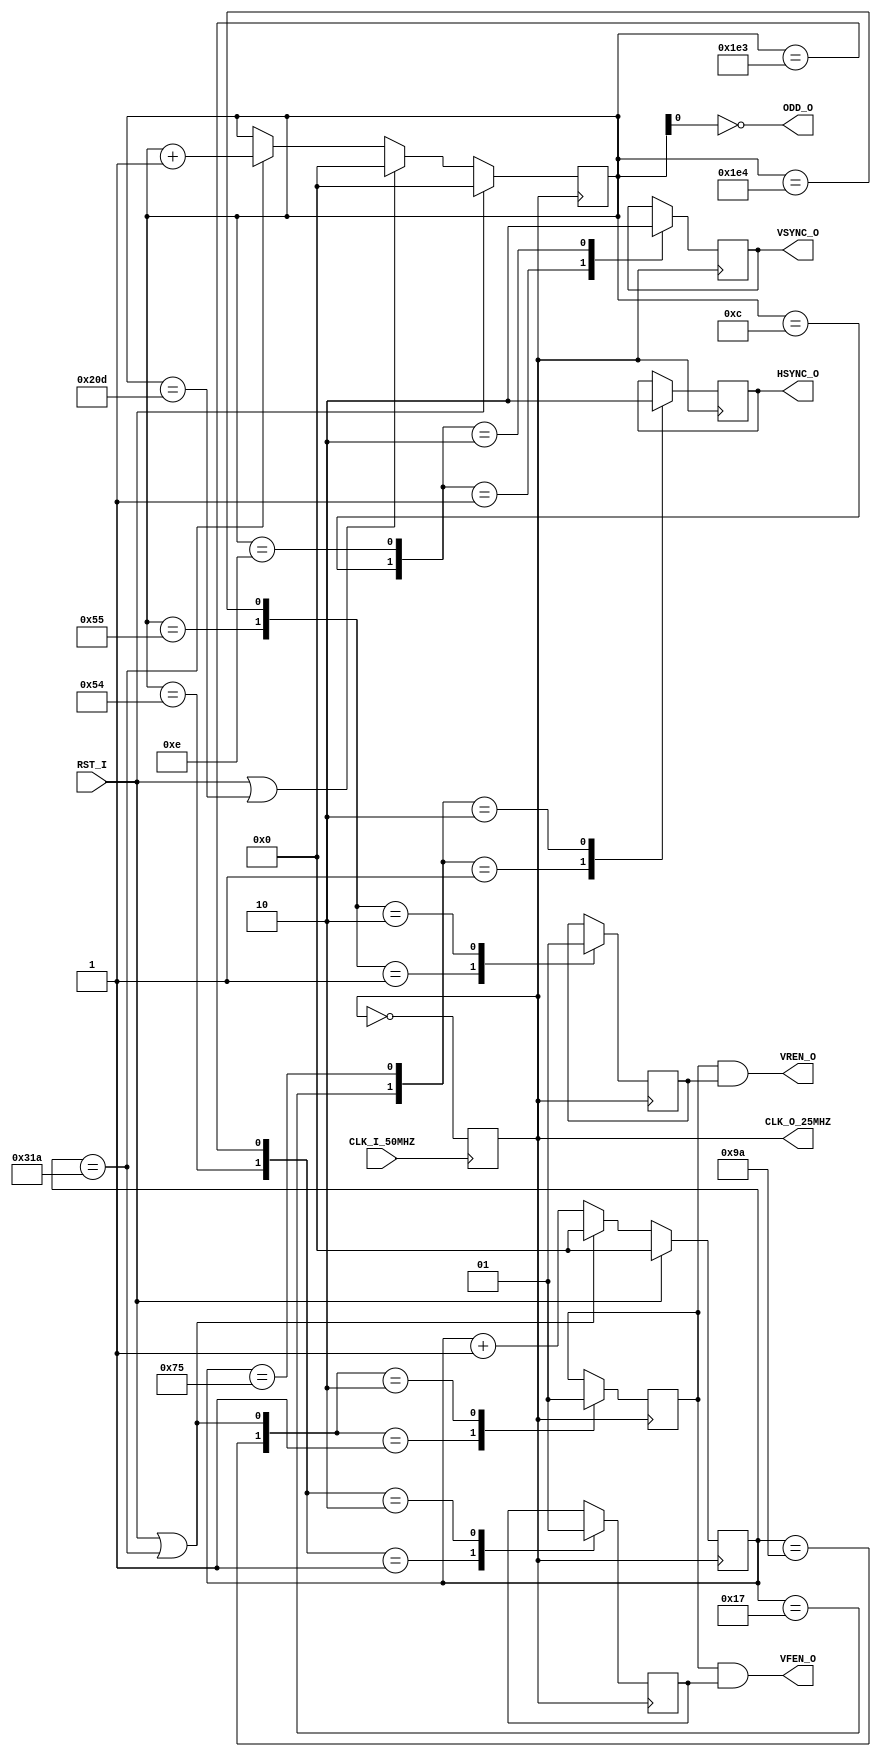
module TIMEBASE(
	input		RST_I,
	input		CLK_I_50MHZ,
	output	CLK_O_25MHZ,
	output	HSYNC_O,
	output	VSYNC_O,
	output	VREN_O,
	output	VFEN_O,
	output	ODD_O
);

	reg				clk25mhz;
	reg				hsync;
	reg				vsync;
	reg				h_refresh_enable;
	reg				v_refresh_enable;
	reg				v_fetch_enable;

	reg	[9:0]		dotctr;
	reg	[9:0]		dotctr_n;
	reg	[9:0]		linectr;
	reg	[9:0]		linectr_n;

	wire				line_wrap		= dotctr == 794;
	wire 				line_done		= RST_I | line_wrap;
	wire				hsync_assert	= dotctr == 23;
	wire 				hsync_negate	= dotctr == 117;
	wire				frame_done		= RST_I | (linectr == 525);
	wire				vsync_assert	= linectr == 12;
	wire				vsync_negate	= linectr == 14;
	wire				h_refresh_on	= dotctr == 154;
	wire				v_refresh_on	= linectr == 85; // 45 for 480V
	wire				v_refresh_off  = linectr == 484; // 525 for 480V
	wire				v_fetch_on		= linectr == 84; // 44 for 480V
	wire				v_fetch_off		= linectr == 483; // 524 for 480V

	assign HSYNC_O 		= hsync;
	assign VSYNC_O 		= vsync;
	assign VFEN_O			= h_refresh_enable & v_fetch_enable;
	assign VREN_O			= h_refresh_enable & v_refresh_enable;
	assign CLK_O_25MHZ	= clk25mhz;
	assign ODD_O			= !linectr[0];

	initial begin
		clk25mhz = 0;
		h_refresh_enable = 0;
		v_refresh_enable = 0;
	end

	always @(*) begin
		dotctr_n <= (line_done)? 0 : dotctr+1;
		linectr_n <= (frame_done)? 0 : ((line_wrap)? linectr+1 : linectr);
	end

	always @(posedge CLK_I_50MHZ) begin
		clk25mhz <= ~clk25mhz;
	end
	
	always @(posedge clk25mhz) begin
		dotctr <= (RST_I)? 0 : dotctr_n;
		linectr <= (RST_I)? 0 : linectr_n;

		case({v_fetch_on, v_fetch_off})
			2'b01:	v_fetch_enable <= 0;
			2'b10:	v_fetch_enable <= 1;
			default:	v_fetch_enable <= v_fetch_enable;
		endcase

		case({hsync_assert, hsync_negate})
			2'b01:	hsync <= 1;
			2'b10:	hsync <= 0;
			default:	hsync <= hsync;
		endcase

		case({vsync_assert, vsync_negate})
			2'b01:	vsync <= 1;
			2'b10:	vsync <= 0;
			default:	vsync <= vsync;
		endcase
		
		case({h_refresh_on, line_done})
			2'b01:	h_refresh_enable <= 0;
			2'b10:	h_refresh_enable <= 1;
			default:	h_refresh_enable <= h_refresh_enable;
		endcase

		case({v_refresh_on, v_refresh_off})
			2'b01:	v_refresh_enable <= 0;
			2'b10:	v_refresh_enable <= 1;
			default:	v_refresh_enable <= v_refresh_enable;
		endcase
	end
endmodule